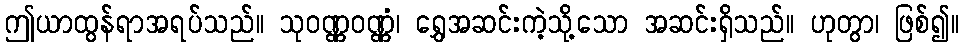
ဤယာထွန်ရာအရပ်သည်။ သုဝဏ္ဏဝဏ္ဏံ၊ ရွှေအဆင်းကဲ့သို့သော အဆင်းရှိသည်။ ဟုတွာ၊ ဖြစ်၍။